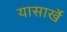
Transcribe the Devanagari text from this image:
यासार्खे